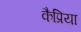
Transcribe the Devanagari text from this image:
कैप्रिया